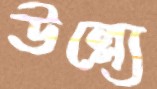
উল্ল্যে